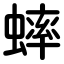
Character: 蟀